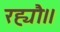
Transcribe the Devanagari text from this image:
रह्यौ।।